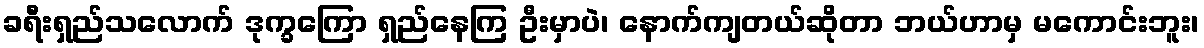
ခရီးရှည်သလောက် ဒုက္ခကြော ရှည်နေကြ ဦးမှာပဲ၊ နောက်ကျတယ်ဆိုတာ ဘယ်ဟာမှ မကောင်းဘူး၊